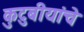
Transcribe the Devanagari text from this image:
कुटुबीयांचे